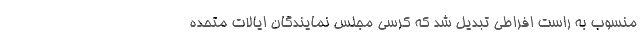
منسوب به راست افراطی تبدیل شد که کرسی مجلس نمایندگان ایالات متحده